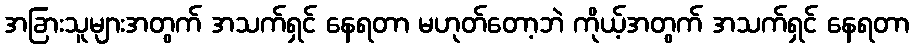
အခြားသူများအတွက် အသက်ရှင် နေရတာ မဟုတ်တော့ဘဲ ကိုယ့်အတွက် အသက်ရှင် နေရတာ